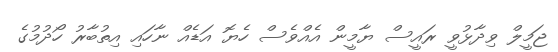
ޖަމީލް ވިދާޅުވީ ރައީސް ޔާމީން އެއްވެސް ހެޔޮ އަޑެއް ނާހައި އިތުބާރު ހޯދުމުގެ